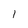
Character: 1